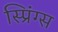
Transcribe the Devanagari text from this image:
स्प्रिंग्‍स